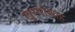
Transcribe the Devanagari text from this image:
खुसरोशाह